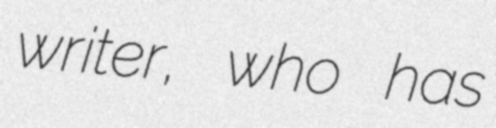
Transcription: writer, who has